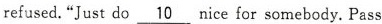
refused."Just do \underline{10}nice for somebody. Pass